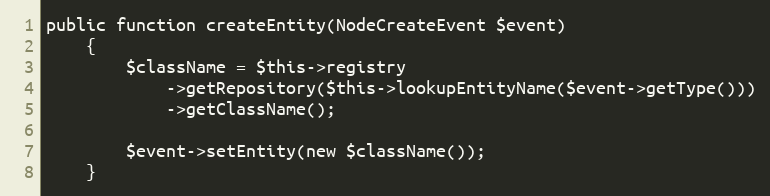
Language: PHP
public function createEntity(NodeCreateEvent $event)
    {
        $className = $this->registry
            ->getRepository($this->lookupEntityName($event->getType()))
            ->getClassName();

        $event->setEntity(new $className());
    }